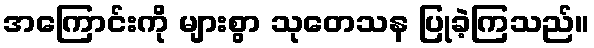
အကြောင်းကို များစွာ သုတေသန ပြုခဲ့ကြသည်။